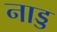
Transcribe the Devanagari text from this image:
नाड्ड